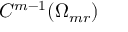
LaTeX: C ^ { m - 1 } ( \Omega _ { m r } )